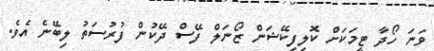
ވަނަ ހޯދާ ޓީމަކަށް ކޮލިފިކޭޝަން ޒޯނަލް ފޭސް ދޭކުން ފުރުސަތު ލިބޭނެ އެވެ.